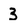
Character: 3